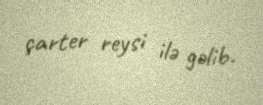
çarter reysi ilə gəlib.